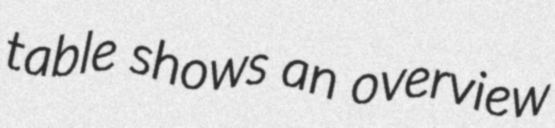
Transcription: table shows an overview